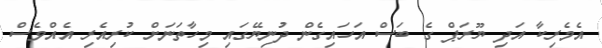
އެެމެރިކާ އަދި ޔޫރަޕް ގެ ބަސް އަހައިގެން ދުނިޔޭގައި މިހާތަނަށް ކުރިއެރި އެއްވެސް